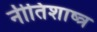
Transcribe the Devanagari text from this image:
नीतिशाष्त्र